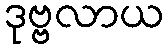
ဒုဗ္ဗလာယ